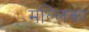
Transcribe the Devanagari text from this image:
मल्‍लिका